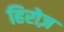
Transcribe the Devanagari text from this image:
हिरोज़